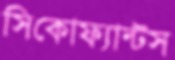
সিকোফ্যান্টস